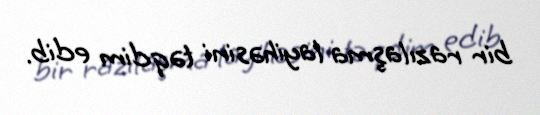
bir razılaşma layihəsini təqdim edib.